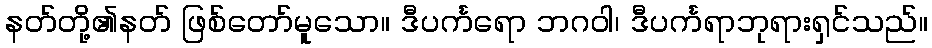
နတ်တို့၏နတ် ဖြစ်တော်မူသော။ ဒီပင်္ကရော ဘဂဝါ၊ ဒီပင်္ကရာဘုရားရှင်သည်။